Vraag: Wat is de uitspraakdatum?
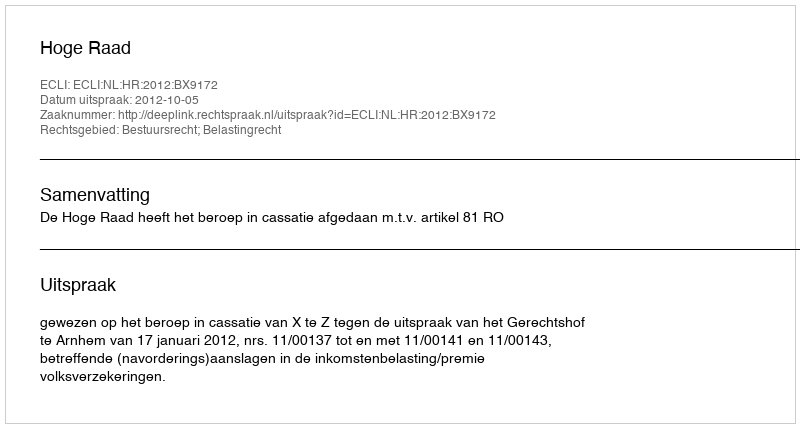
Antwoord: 2012-10-05